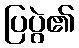
ပြပွဲ၏